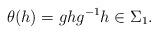
LaTeX: \begin{align*}\theta(h) =g hg^{-1}h\in \Sigma_1.\end{align*}